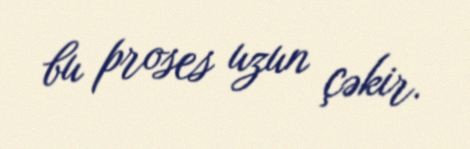
bu proses uzun çəkir.